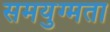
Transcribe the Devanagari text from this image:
समयुग्मता